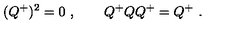
( Q ^ { + } ) ^ { 2 } = 0 \ , \qquad Q ^ { + } Q Q ^ { + } = Q ^ { + } \ .